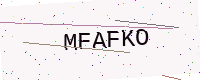
Text: MFAFKO